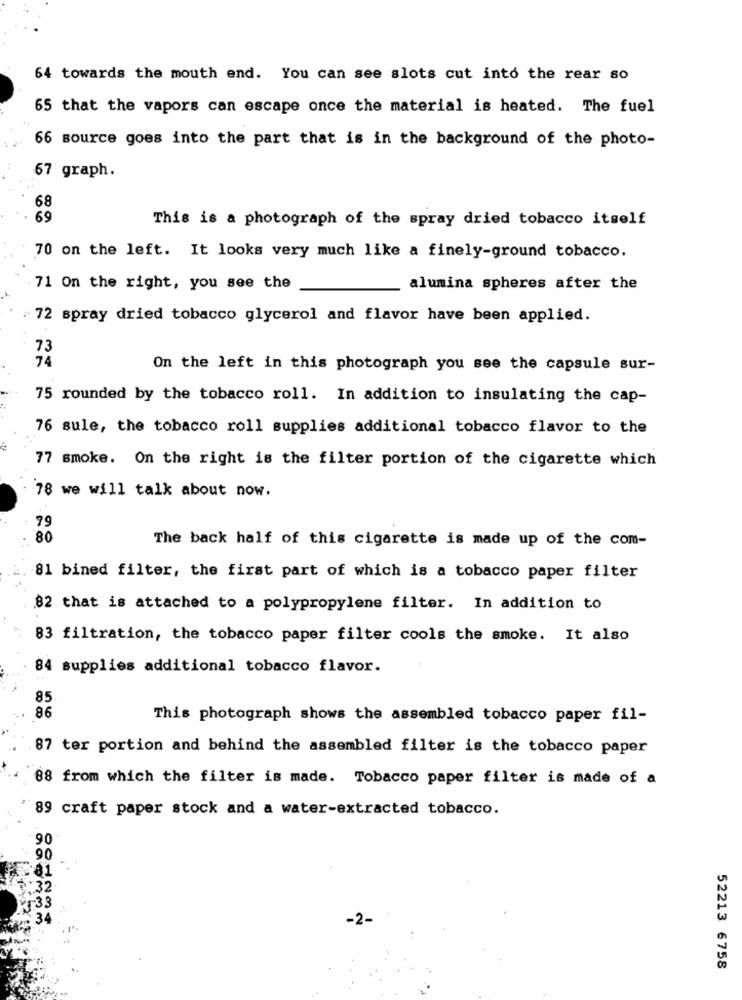
64 towards the mouth end. You can see slots cut into the rear so
65 that the vapors can escape once the material is heated. The fuel
66 source goes into the part that is in the background of the photo-
67 graph.
68
69
This is a photograph of the spray dried tobacco itself
70 on the left. It looks very much like a finely-ground tobacco.
71 On the right, you see the
alumina spheres after the
72 spray dried tobacco glycerol and flavor have been applied.
73
.74
On the left in this photograph you see the capsule sur-
75 rounded by the tobacco roll. In addition to insulating the cap-
76 sule, the tobacco roll supplies additional tobacco flavor to the
77 smoke. On the right is the filter portion of the cigarette which
78 we will talk about now.
79
80
The back half of this cigarette is made up of the com-
81 bined filter, the first part of which is a tobacco paper filter
82 that is attached to a polypropylene filter. In addition to
83 filtration, the tobacco paper filter cools the smoke. It also
84 supplies additional tobacco flavor.
85
86
This photograph shows the assembled tobacco paper fil-
87 ter portion and behind the assembled filter is the tobacco paper
88 from which the filter is made. Tobacco paper filter is made of a
89 craft paper stock and a water-extracted tobacco.
90
90
-33
52213 6758